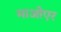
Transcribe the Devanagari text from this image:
माओएर